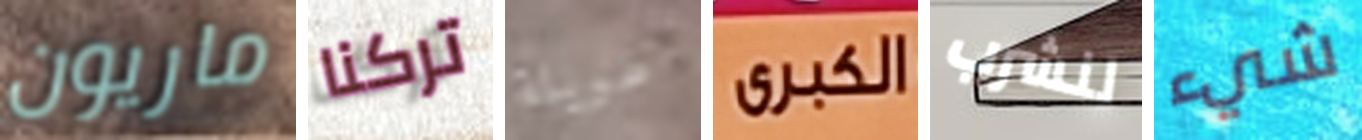
ماريون تركنا طويلة الكبرى لنشرب شيء